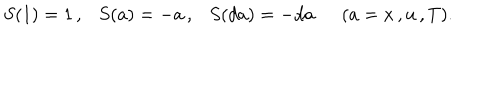
S ( 1 ) = 1 \, , \ \ \ S ( a ) = - a \, , \ \ \ S ( d a ) = - d a \ \ ( a = x \, , u \, , T ) .